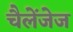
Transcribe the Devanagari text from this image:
चैलेंजेज